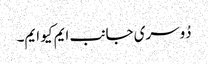
دُوسری جانب ایم کیو ایم۔